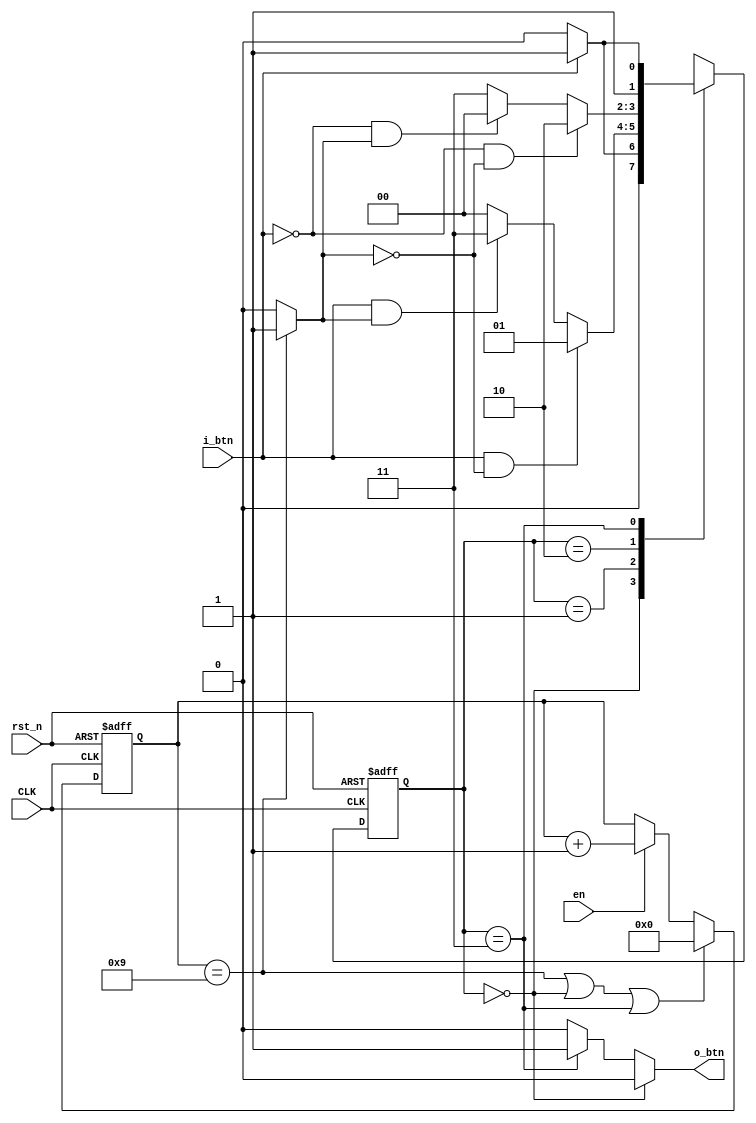
module DEB_CHK_1KHz
(
	input  wire  CLK, // 1KHz
	input  wire  rst_n,
	input  wire  en,
	input  wire  i_btn,
	output reg   o_btn
);

localparam ZERO    = 2'b00;
localparam WAIT1_1 = 2'b01;
localparam WAIT0_1 = 2'b10;
localparam ONE     = 2'b11;

wire       ticks_done;
reg  [1:0] CS;
reg  [1:0] NS;
reg  [3:0] count_10ms;

always @(posedge CLK,negedge rst_n) begin
	if (!rst_n) begin
		count_10ms <= 4'b0;
	end
	else if (count_10ms == 4'd9 || CS == ZERO || CS == ONE) begin
		count_10ms <= 4'b0;
	end
	else if (en) begin
		count_10ms <= count_10ms + 1'b1;
	end
end

assign ticks_done = (count_10ms == 4'd9)? 1'b1:1'b0;

always @(posedge CLK,negedge rst_n) begin
	if (!rst_n) begin
		CS <= ZERO;
	end
	else begin
		CS <= NS;
	end
end

// States
always @(*) begin
	case (CS)
		ZERO: begin
			if (i_btn) begin
				NS = WAIT1_1;
			end
			else begin
				NS = ZERO;
			end
		end
		WAIT1_1: begin
			if (i_btn && !ticks_done) begin
				NS = WAIT1_1;
			end
			else if (i_btn && ticks_done) begin
				NS = ONE;
			end
			else begin
				NS = ZERO;
			end
		end
		WAIT0_1: begin
			if (!i_btn && !ticks_done) begin
				NS = WAIT0_1;
			end
			else if (!i_btn && ticks_done) begin
				NS = ZERO;
			end
			else begin
				NS = ONE;
			end
		end
		ONE: begin
			if (!i_btn) begin
				NS = WAIT0_1;
			end
			else begin
				NS = ONE;
			end
		end
		default: NS = ZERO;
	endcase
end

// FSM Output
always @(*) begin
	if (CS == ZERO) begin
		o_btn = 1'b0;
	end
	else if (CS == ONE) begin
		o_btn = 1'b1;
	end
	else begin
		o_btn = 1'b0;
	end
end

endmodule